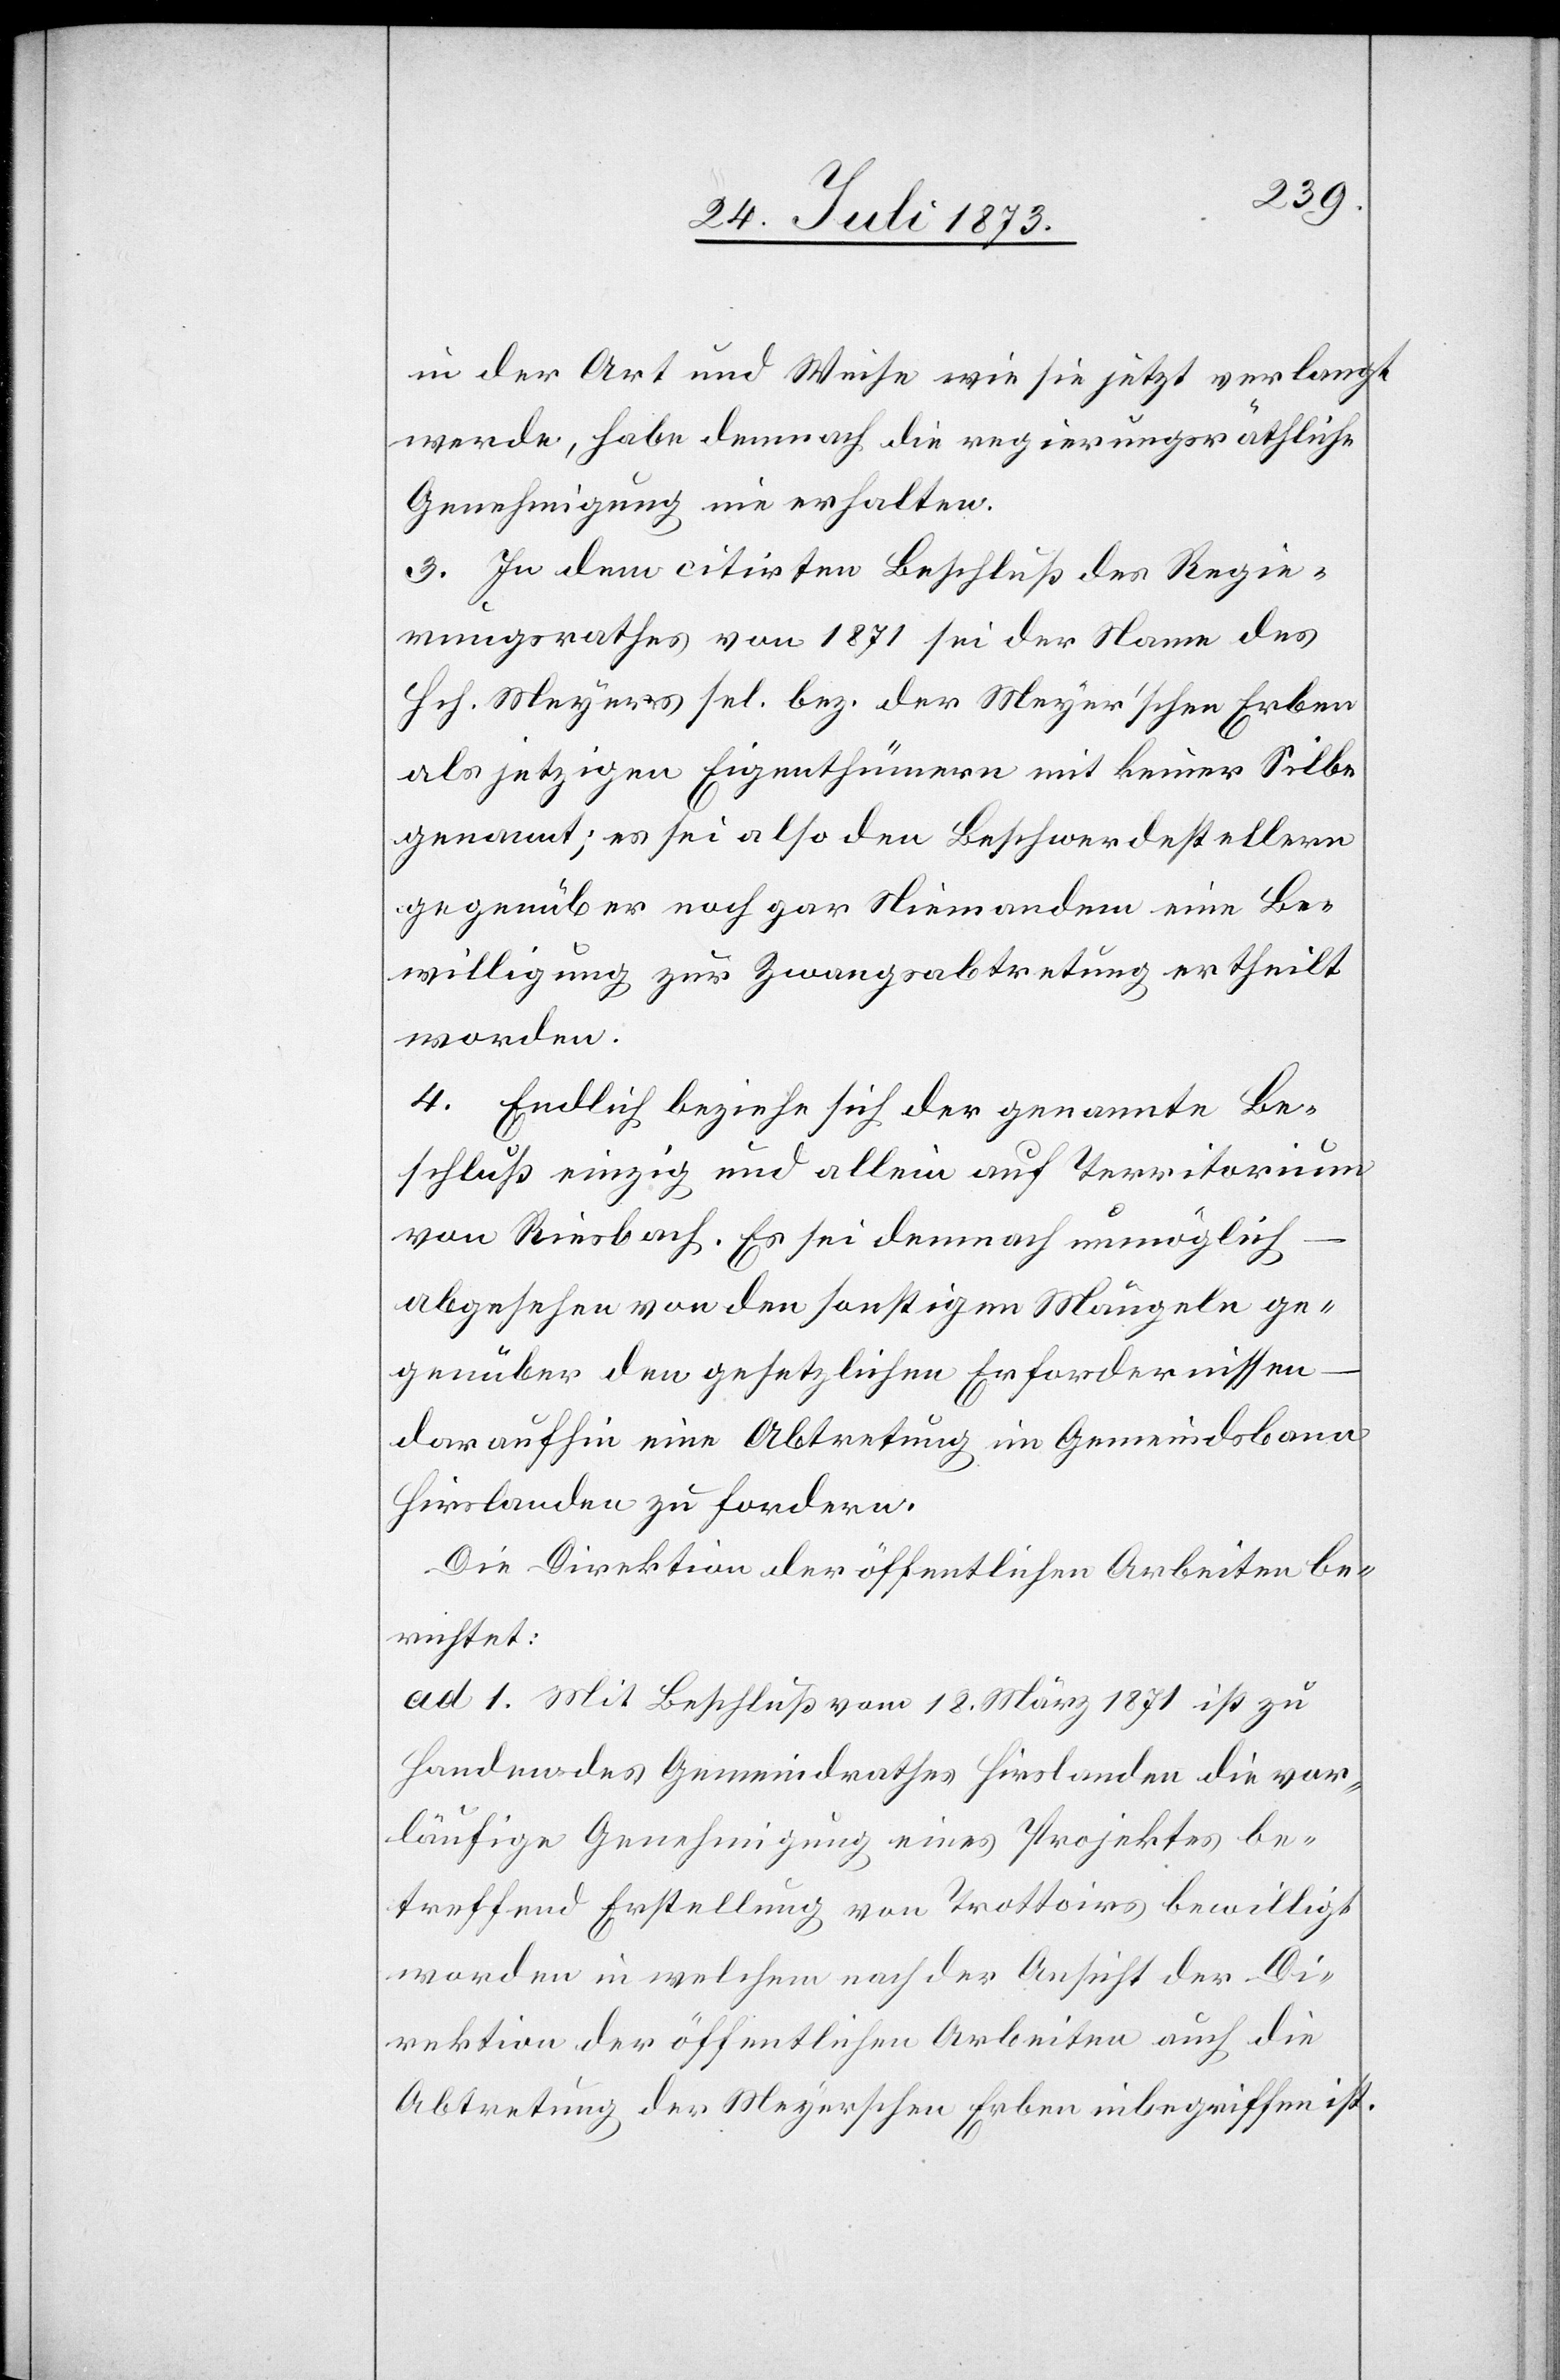
in der Art und Weise wie sie jetzt verlangt
werde, habe demnach die regierungsräthliche
Genehmigung nie erhalten.
3. In dem citirten Beschluß des Regie¬
rungsrathes von 1871 sei der Name des
Hch. Meyers sel. bez. der Meyer’schen Erben
als jetzigen Eigenthümern mit keiner Silbe
genannt; es sei also den Beschwerdestellern
gegenüber noch gar Niemandem eine Be¬
willigung zur Zwangsabtretung ertheilt
worden.
4. Endlich beziehe sich der genannte Be¬
schluß einzig und allein auf Territorium
von Riesbach. Es sei demnach unmöglich
abgesehen von den sonstigen Mängeln ge¬
genüber den gesetzlichen Erfordernissen
daraufhin eine Abtretung im Gemeindsbann
Hirslanden zu fordern.
Die Direktion der öffentlichen Arbeiten be¬
richtet:
ad 1. Mit Beschluß vom 18. März 1871 ist zu
Handen des Gemeindrathes Hirslanden die vor¬
läufige Genehmigung eines Projektes be¬
treffend Erstellung von Trottoirs bewilligt
worden in welchem nach der Ansicht der Di¬
rektion der öffentlichen Arbeiten auch die
Abtretung der Meyerschen Erben inbegriffen ist.